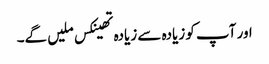
اور آپ کو زیادہ سے زیادہ تھینکس ملیں گے۔